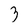
Character: 3